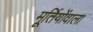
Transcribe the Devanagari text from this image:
मूर्तियोंवाला